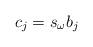
LaTeX: \begin{align*}c_{j}=s_{\omega}b_{j}\end{align*}